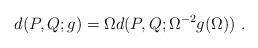
LaTeX: \begin{align*}d(P,Q; g) = \Omega d(P,Q; \Omega^{-2} g(\Omega))~.\end{align*}